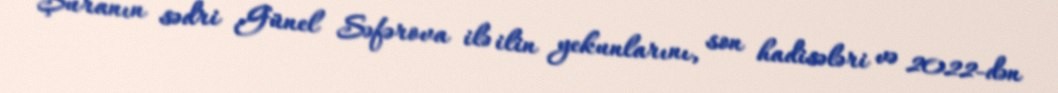
Şuranın sədri Günel Səfərova ilə ilin yekunlarını, son hadisələri və 2022-dən